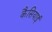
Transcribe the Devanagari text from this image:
कैसियाई